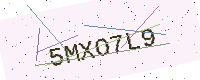
Text: 5MXO7L9